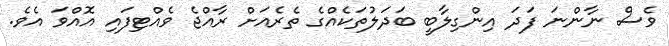
ވެސް ނާންނަ ފަދަ އިންގިލާބީ ބަދަލުތަކެއްގެ ތެރެއަށް ރާއްޖެ ވެއްޓިފައި އޮއްވަ އެވެ.